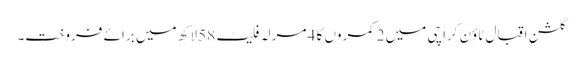
گلشنِ اقبال ٹاؤن کراچی میں 2 کمروں کا 4 مرلہ فلیٹ 58 لاکھ میں برائے فروخت۔